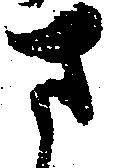
さ